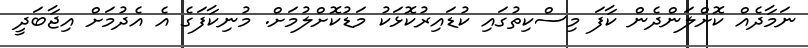
ނަމާދެއް ކޮށްލަންދެން ކާފަ މިސްކިތުގައި ކުޑައިރުކޮޅަކު މަޑުކޮށްލުމަށް. މުނިކާފަގެ އެ އެދުމަށް އިޖާބަދީ